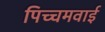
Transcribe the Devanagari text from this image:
पिच्चमवाई